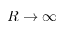
R \rightarrow \infty